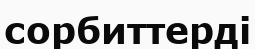
сорбиттерді